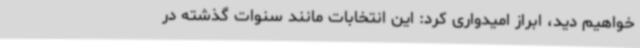
خواهیم دید، ابراز امیدواری کرد: این انتخابات مانند سنوات گذشته در